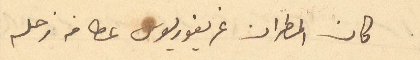
كان المطران غريغوريوس عطا من زحله